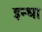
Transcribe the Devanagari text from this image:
इन्धा